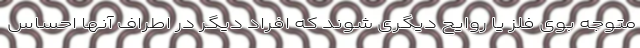
متوجه بوی فلز یا روایح دیگری شوند که افراد دیگر در اطراف آنها احساس